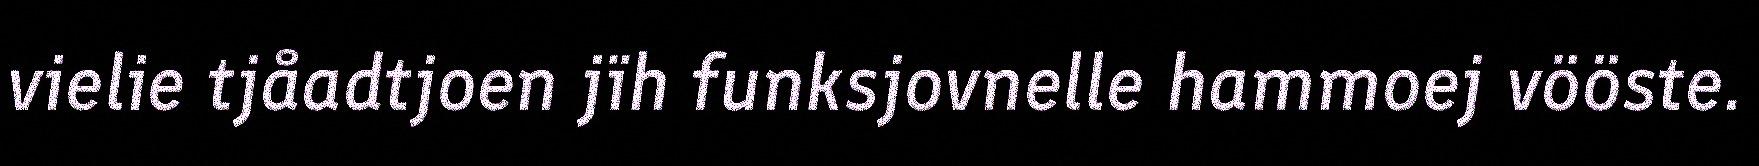
vielie tjåadtjoen jïh funksjovnelle hammoej vööste.